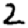
Digit: 2